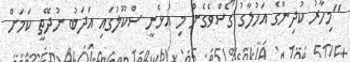
"މިހާރު ކުދިންގެ އަޚުލާގު ގޯސްވެގެން މި އުޅެނީ ސްކޫލުގައި އަދަބު ނުދޭތީ ކަމަށް